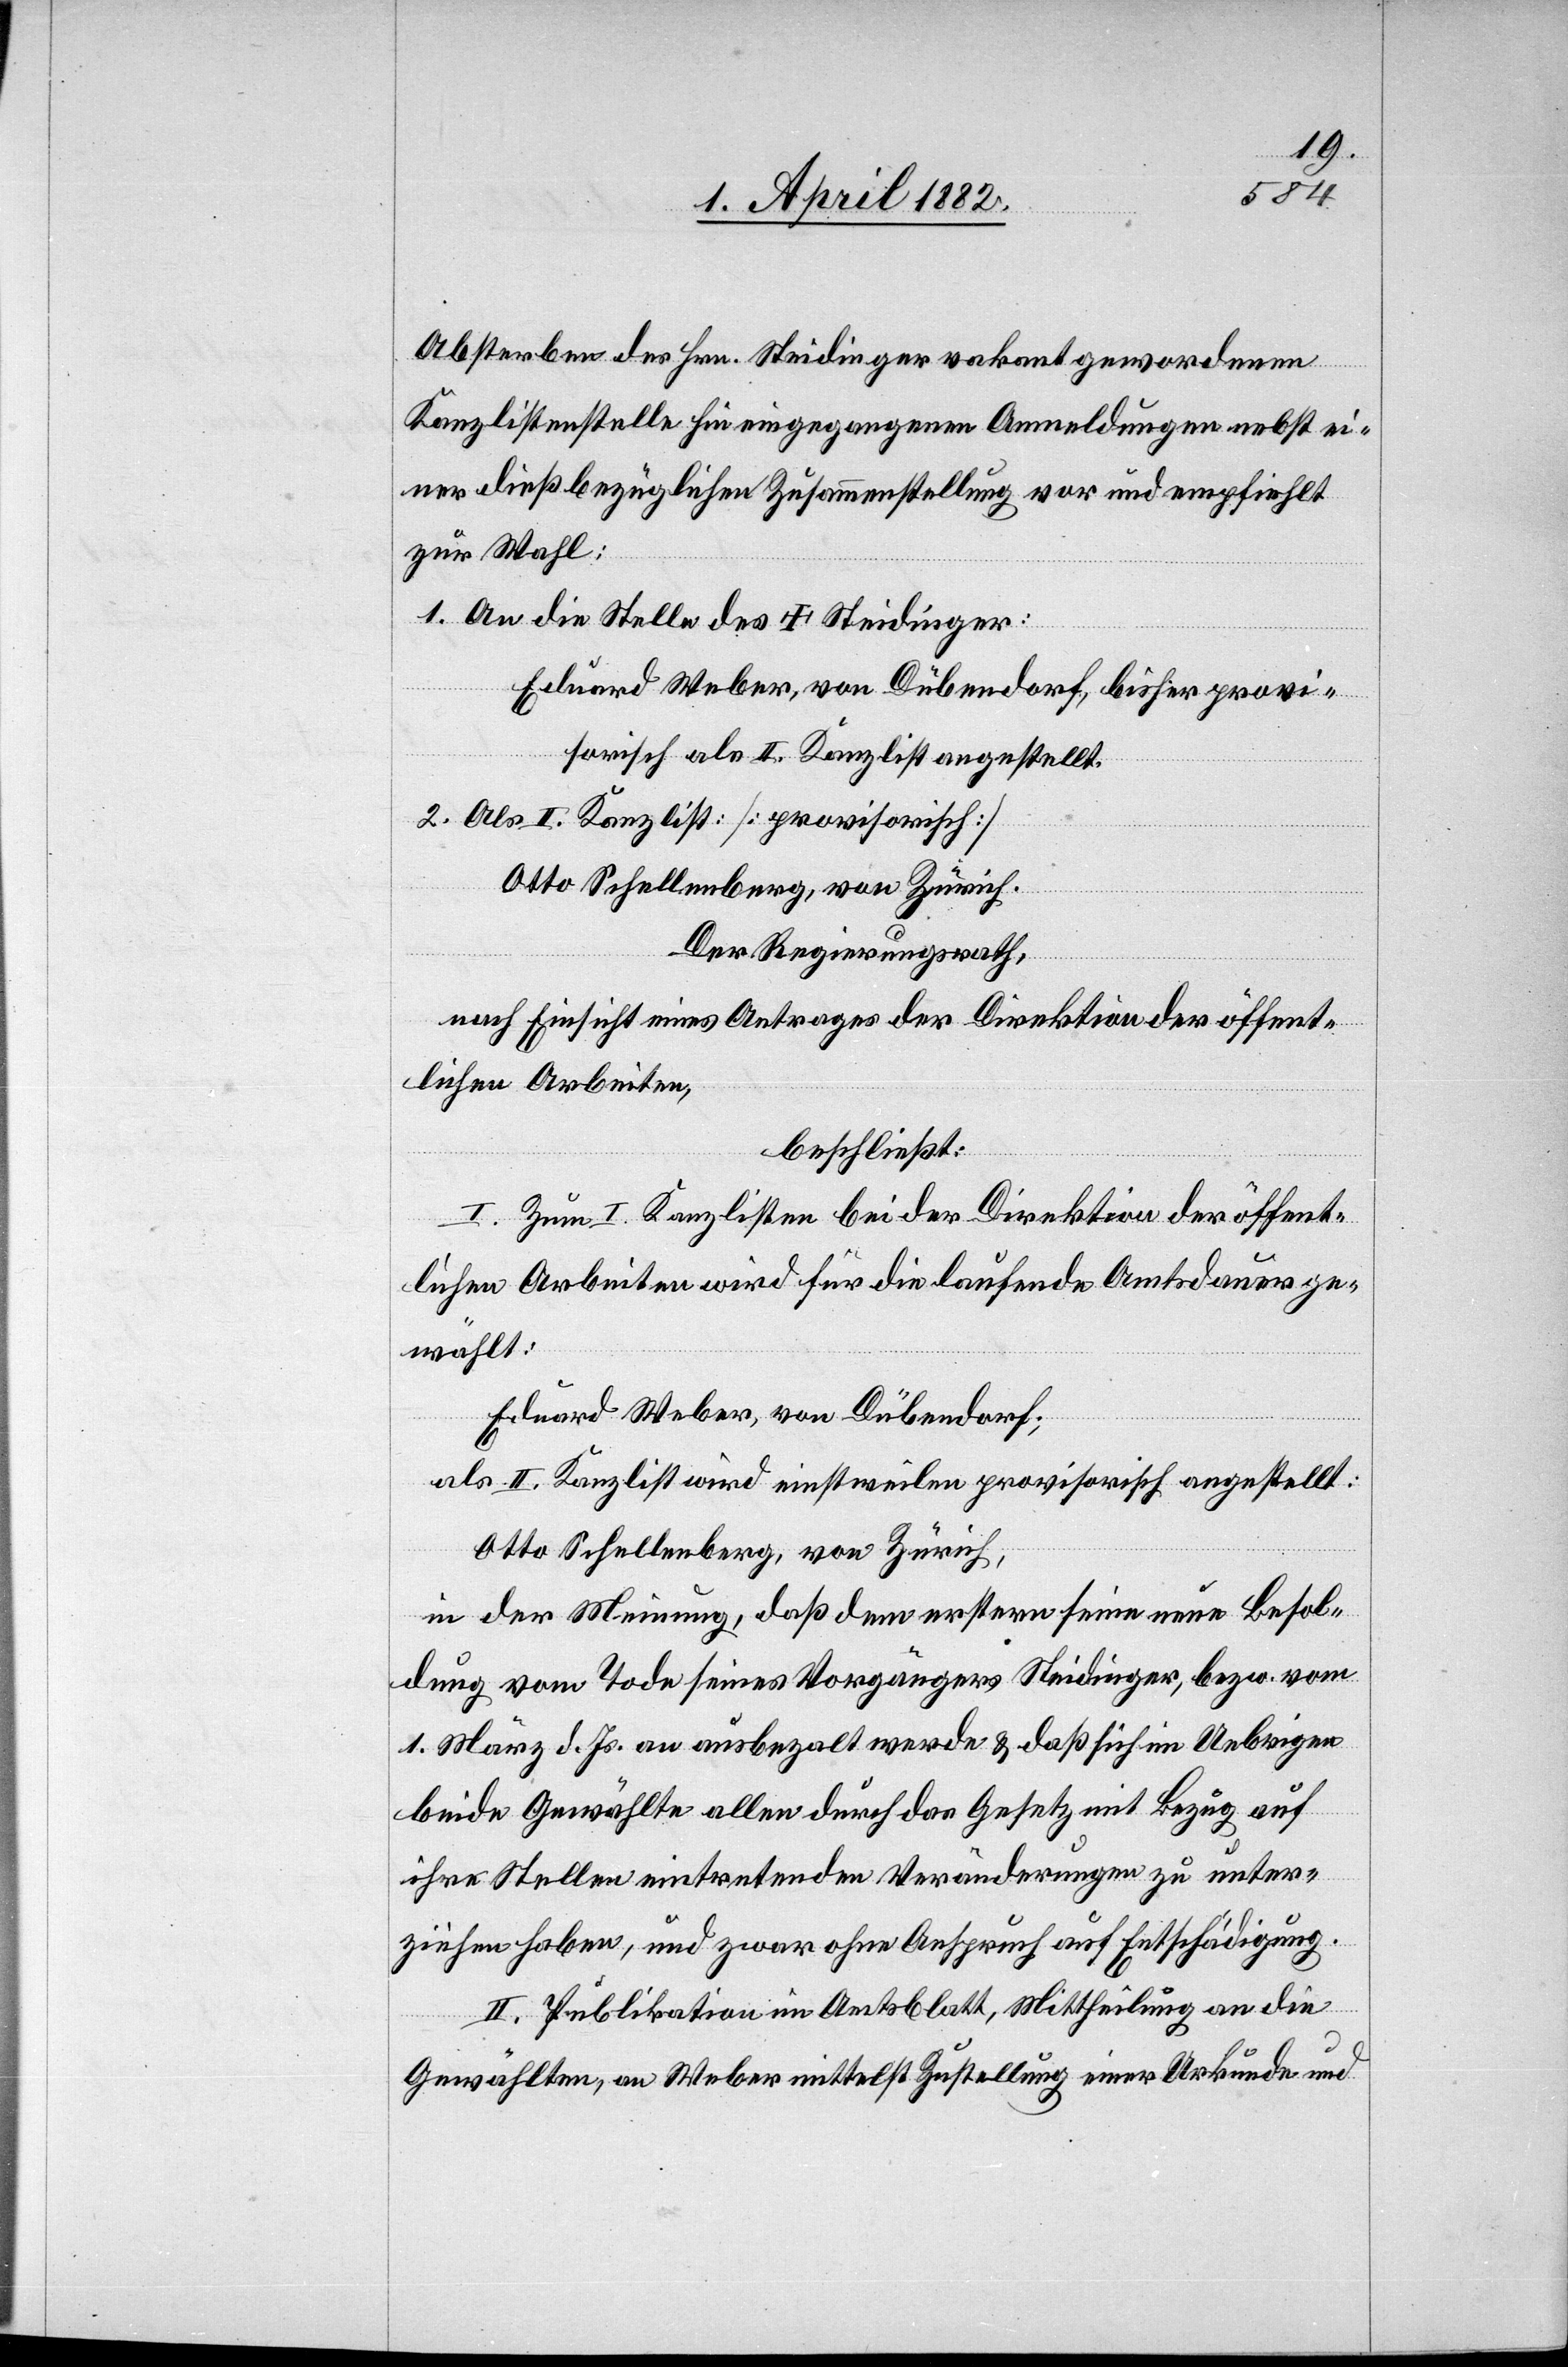
Absterben des Hrn. Steidinger vakant gewordenen
Kanzlistenstelle hin eingegangenen Anmeldungen nebst ei¬
ner dießbezüglichen Zusammenstellung vor und empfiehlt
zur Wahl:
An die Stelle des † Steidinger:
Eduard Weber, von Dübendorf, bisher provi¬
sorisch als II. Kanzlist angestellt.
Als II. Kanzlist: [provisorisch]
2.
Otto Schellenberg, von Zürich.
Der Regierungsrath,
nach Einsicht eines Antrages der Direktion der öffent¬
lichen Arbeiten,
beschließt:
I. Zum I. Kanzlisten bei der Direktion der öffent¬
lichen Arbeiten wird für die laufende Amtsdauer ge¬
wählt:
Eduard Weber, von Dübendorf;
als II. Kanzlist wird einstweilen provisorisch angestellt:
Otto Schellenberg, von Zürich,
in der Meinung, daß dem erstern seine neue Besol¬
dung vom Tode seines Vorgängers Steidinger, bezw. vom
1. März d. Js. an ausbezalt werde & daß sich im Uebrigen
beide Gewählte allen durch das Gesetz mit Bezug auf
ihre Stellen eintretenden Veränderungen zu unter¬
ziehen haben, und zwar ohne Anspruch auf Entschädigung.
II. Publikation im Amtsblatt, Mittheilung an die
Gewählten, an Weber mittelst Zustellung einer Urkunde und